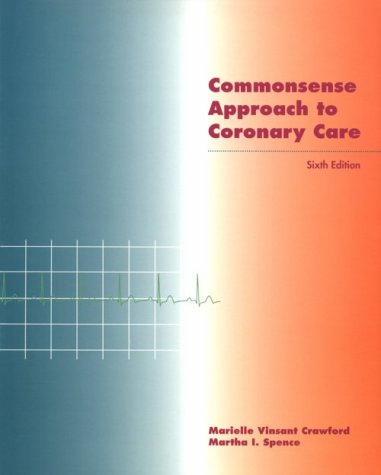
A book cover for Commonsense Approach to Coronary Care, 6e; Marielle Vinsant Crawford; Medical Books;